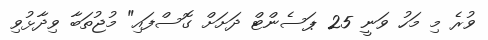
ވުރެ މި މަހު ވަނީ 25 ޕަސެންޓް ދަށަށް ގޮސްފައި" މުޖުތަބާ ވިދާޅުވި